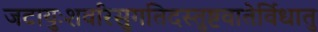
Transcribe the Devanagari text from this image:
जटायुःशवरिसुगतिदस्तुष्टवातेर्विधातु